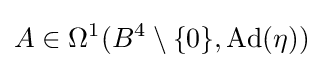
A\in \Omega ^{1}(B^{4}\setminus \{0\},\operatorname {Ad} (\eta ))